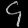
Digit: ၄